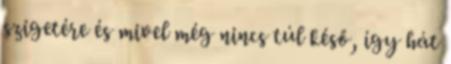
szigetére és mivel még nincs túl késő, így hát